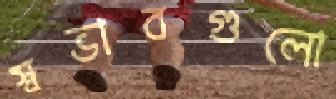
স্বভাবগুলো